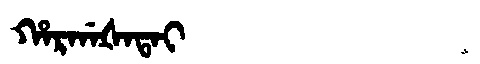
Manchu: ᡥᠠᡵᡤᠠᡧᠠᡨᠠᡳ
Romanization: HARGAŠATAI